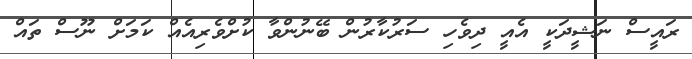
ރައީސް ނަޝީދަކީ އެއީ ދިވެހި ސަރުކާރުން ބޭނުންވާ ކުށްވެރިއެއް ކަމަށް ނޫސް ތައް